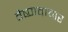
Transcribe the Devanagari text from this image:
वैष्णवाचार